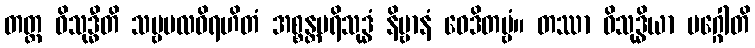
တတ္ထ ဝိသုဒ္ဓီတိ သဗ္ဗမလဝိရဟိတံ အစ္စန္တပရိသုဒ္ဓံ နိဗ္ဗာနံ ဝေဒိတဗ္ဗံ။ တဿာ ဝိသုဒ္ဓိယာ မဂ္ဂေါတိ